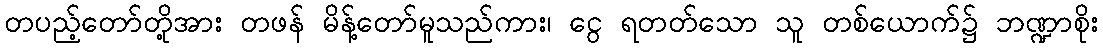
တပည့်တော်တို့အား တဖန် မိန့်တော်မူသည်ကား၊ ငွေ ရတတ်သော သူ တစ်ယောက်၌ ဘဏ္ဍာစိုး